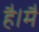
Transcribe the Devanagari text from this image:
है।मै